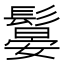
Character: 䰋